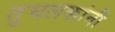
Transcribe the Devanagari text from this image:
तुघलकांनी